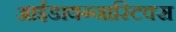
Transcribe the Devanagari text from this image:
आईडायग्नास्टिक्स